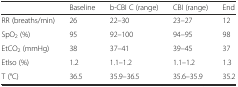
<table><thead><tr><td></td><td><b>Baseline</b></td><td><b>b-CBI C (range)</b></td><td><b>CBI (range)</b></td><td><b>End</b></td></tr></thead><tbody><tr><td>RR (breaths/min)</td><td>26</td><td>22–30</td><td>23–27</td><td>12</td></tr><tr><td>SpO<sub>2</sub> (%)</td><td>95</td><td>92–100</td><td>94–95</td><td>98</td></tr><tr><td>EtCO<sub>2</sub> (mmHg)</td><td>38</td><td>37–41</td><td>39–45</td><td>37</td></tr><tr><td>EtIso (%)</td><td>1.2</td><td>1.1–1.2</td><td>1.1–1.2</td><td>1.3</td></tr><tr><td>T (°C)</td><td>36.5</td><td>35.9–36.5</td><td>35.6–35.9</td><td>35.2</td></tr></tbody></table>